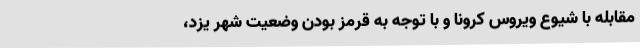
مقابله با شیوع ویروس کرونا و با توجه به قرمز بودن وضعیت شهر یزد،